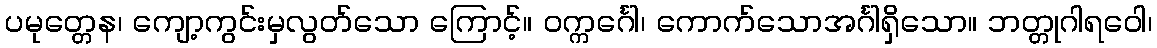
ပမုတ္တေန၊ ကျော့ကွင်းမှလွတ်သော ကြောင့်။ ဝက္ကင်္ဂေါ၊ ကောက်သောအင်္ဂါရှိသော။ ဘတ္တုဂါရဝေါ၊